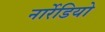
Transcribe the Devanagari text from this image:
नार्रेडियो